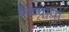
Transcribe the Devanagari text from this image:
निष्पापा